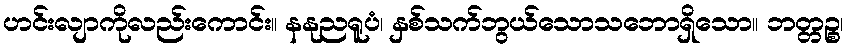
ဟင်းလျာကိုလည်းကောင်း။ နနုညရူပံ၊ နှစ်သက်ဘွယ်သောသဘောရှိသော။ ဘတ္တဉ္စ၊